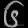
Digit: ၆